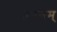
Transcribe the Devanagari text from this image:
अनन्तम्